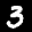
Label: 3